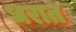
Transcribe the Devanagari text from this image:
धरात